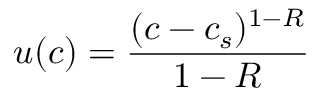
u ( c ) = { \frac { ( c - c _ { s } ) ^ { 1 - R } } { 1 - R } }